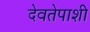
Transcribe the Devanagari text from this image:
देवतेपाशी